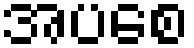
အပစေ